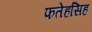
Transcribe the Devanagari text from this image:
फतेहसिह